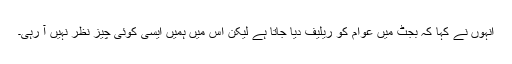
انہوں نے کہا کہ بجٹ میں عوام کو ریلیف دیا جاتا ہے لیکن اس میں ہمیں ایسی کوئی چیز نظر نہیں آ رہی۔